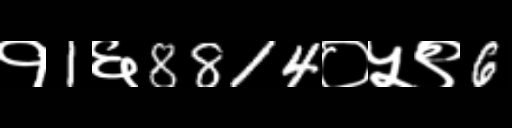
Text: १1६8814०५९6